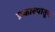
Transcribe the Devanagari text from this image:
प्रकाल्पातून